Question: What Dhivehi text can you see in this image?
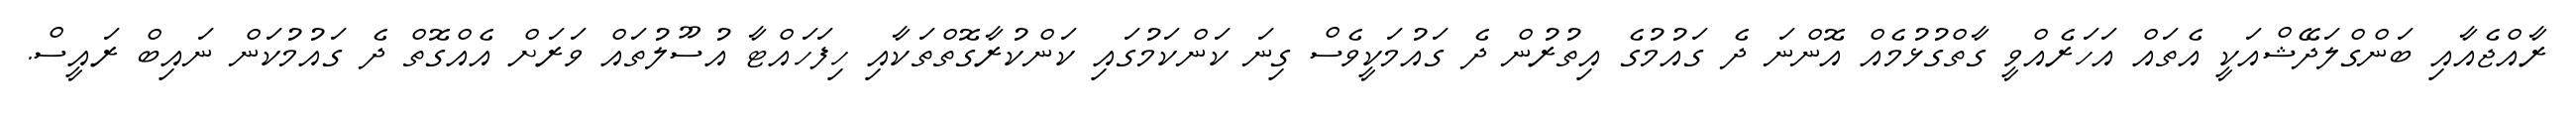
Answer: ރާއްޖެއާއި ބަންގްލަދޭޝްއަކީ އެތައް އަހަރެއްވީ ގާތްގުޅުމެއް އޮންނަ ދެ ގައުމުގެ އިތުރުން ދެ ގައުމަކީވެސް ގިނަ ކަންކަމުގައި ކަންކުރާގޮތްތަކާއި ހިފަހައްޓާ އުސޫލުތައް ވަރަށް އެއްގޮތް ދެ ގައުމުކަން ނައިބް ރައީސް.